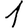
Digit: 1